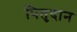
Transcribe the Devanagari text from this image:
पितृदान